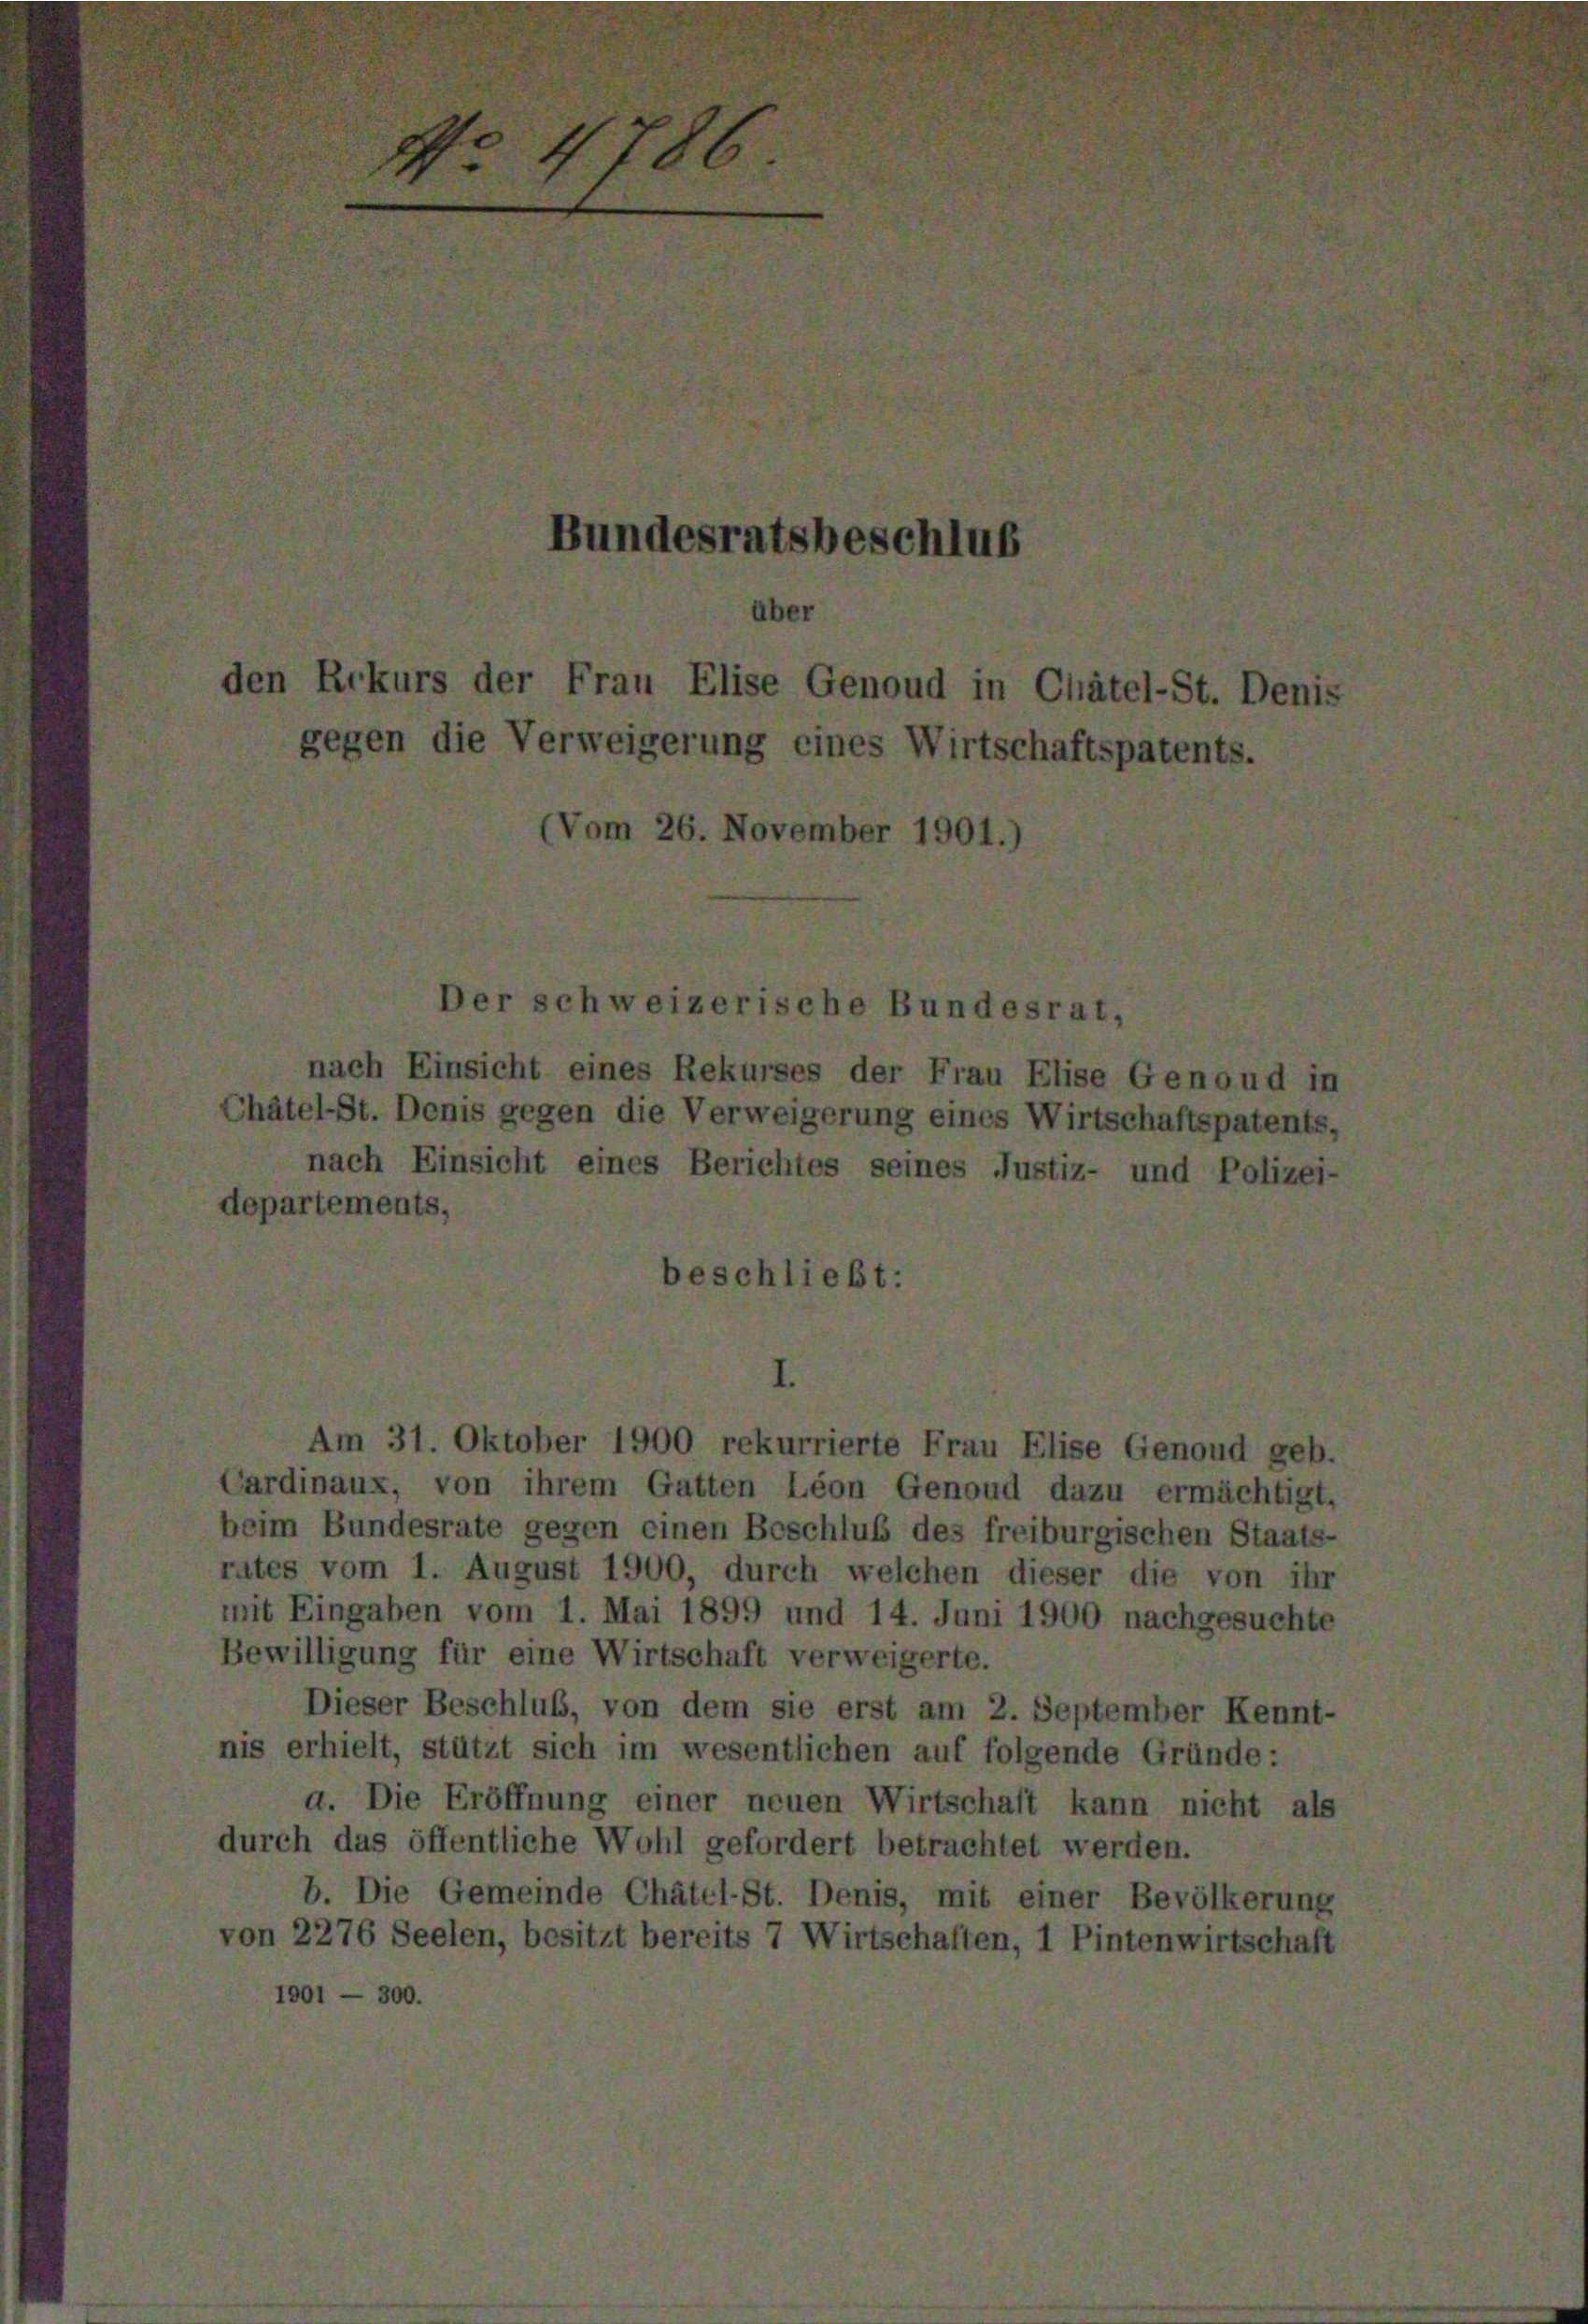
indesratsbeschlus

r

n Elise Genoud in
gerung eines Wirts

Rekurses der Frau Elis,
Verweigerung eines Wir
Berichtes seines Justiz-

Am 31. Oktober 1900 rekurrierte Frau Elise Genoud geb.
ardinaux, von ihrem Gatten Leon Genoud dazu ermächtigt,
eim Bundesrate gegen einen Beschluß des freiburgischen Staats-
ates vom 1. August 1900, durch welchen dieser die von ihr
mit Eingaben vom 1. Mai 1899 und 14. Juni 1900 nachgesuchte
Bewilligung für eine Wirtschaft verweigerte.
Dieser Beschluß, von dem sie erst am 2. September Kennt-
is erhielt, stützt sich im wesentlichen auf folgende Gründe:
a. Die Eröffnung einer neuen Wirtschaft kann nicht als
urch das öffentliche Wohl gefordert betrachtet werden.
b. Die Gemeinde Chätel-St. Denis, mit einer Bevölkerung
on 2276 Seelen, besitzt bereits 7 Wirtschaften, 1 Pintenwirtschaft